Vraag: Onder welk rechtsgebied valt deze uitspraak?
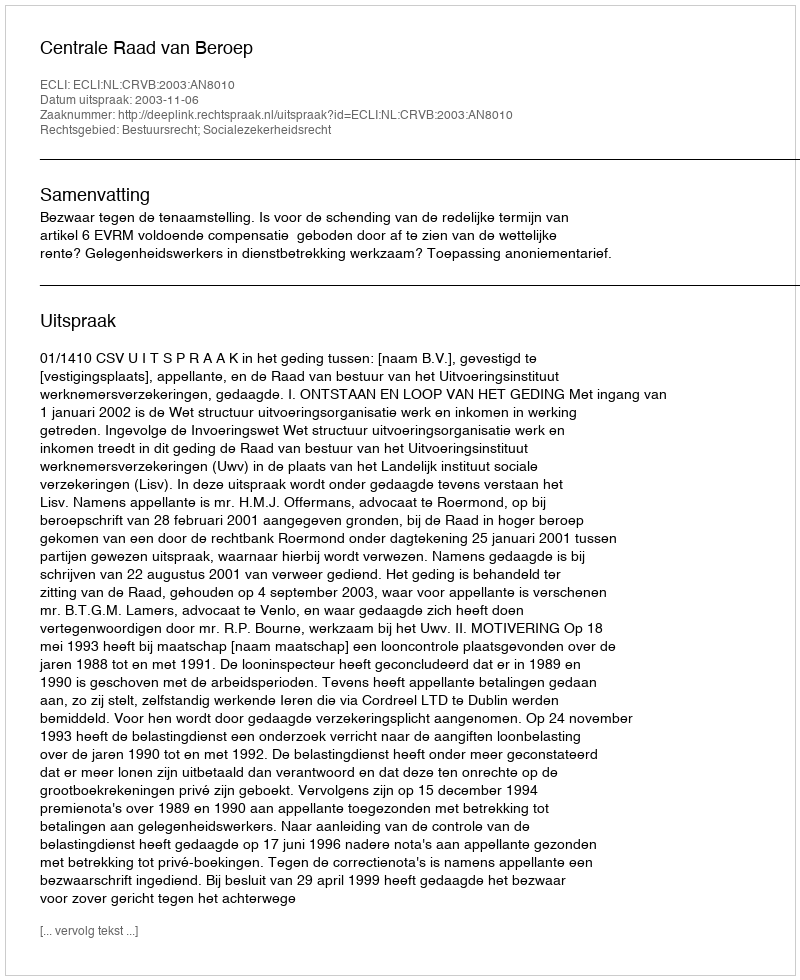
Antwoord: Bestuursrecht; Socialezekerheidsrecht